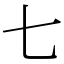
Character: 七